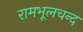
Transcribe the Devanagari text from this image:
रामभूलचन्द